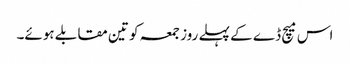
اس میچ ڈے کے پہلے روز جمعہ کو تین مقابلے ہوئے۔